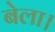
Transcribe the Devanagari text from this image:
बेला।